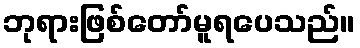
ဘုရားဖြစ်တော်မူရပေသည်။